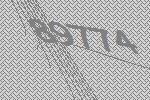
89774